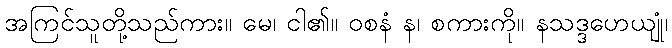
အကြင်သူတို့သည်ကား။ မေ၊ ငါ၏။ ဝစနံ န၊ စကားကို။ နသဒ္ဒဟေယျုံ၊